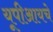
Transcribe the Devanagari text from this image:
यूपीआयचे